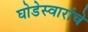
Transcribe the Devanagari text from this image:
घोडेस्वारांचे